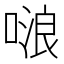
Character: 𠺘